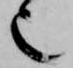
也